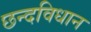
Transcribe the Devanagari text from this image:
छन्दविधान